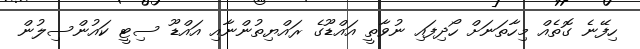
ހިފޭނެ ގޮތެއް މިހާތަނަށް ހޯދިފައި ނުވާތީ އައްޑޫގެ ރައްޔިތުންނާއި އައްޑޫ ސިޓީ ކައުންސިލުން